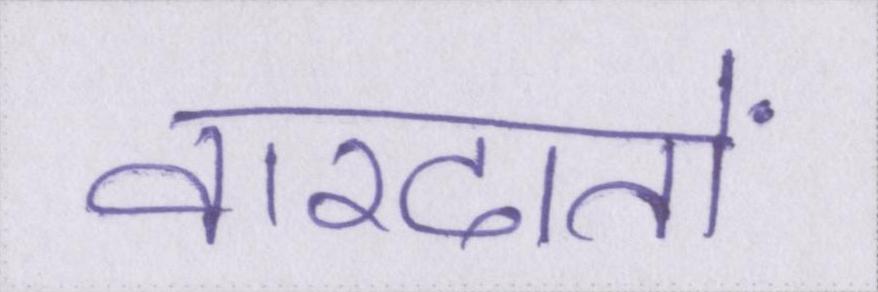
वारदातों